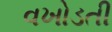
વખોડતી